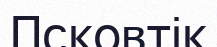
Псковтік